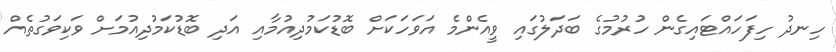
ހިނދު ހިފަހައްޓައިގެން ހުރުމުގެ ބަދަލުގައި ވީއެންމެ އަވަހަކަށް ބޮޑުކަމުދިއުމާއި އަދި ބޮޑުކަމުދިއުމަށް ވަކިވަގުތެއް